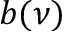
b ( \nu )